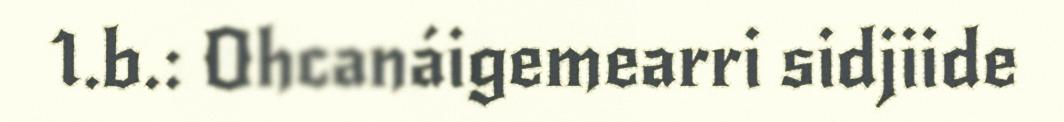
1.b.: Ohcanáigemearri sidjiide